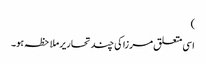
)
اسی متعلق مرزا کی چند تحاریر ملاحظہ ہو۔